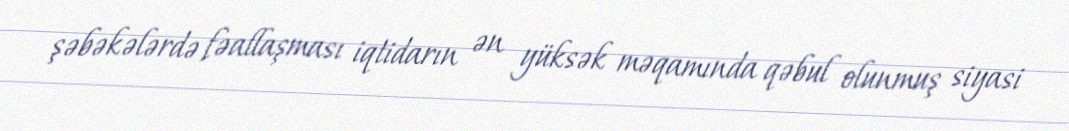
şəbəkələrdə fəallaşması iqtidarın ən yüksək məqamında qəbul olunmuş siyasi